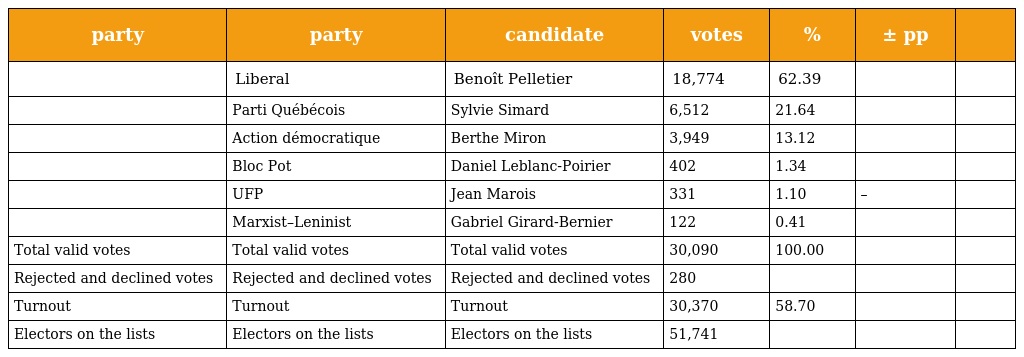
| party | party | candidate | votes | % | ± pp |  |
 | --- | --- | --- | --- | --- | --- | --- |
 |  | Liberal | Benoît Pelletier | 18,774 | 62.39 |  |  |
 |  | Parti Québécois | Sylvie Simard | 6,512 | 21.64 |  |  |
 |  | Action démocratique | Berthe Miron | 3,949 | 13.12 |  |  |
 |  | Bloc Pot | Daniel Leblanc-Poirier | 402 | 1.34 |  |  |
 |  | UFP | Jean Marois | 331 | 1.10 | – |  |
 |  | Marxist–Leninist | Gabriel Girard-Bernier | 122 | 0.41 |  |  |
 | Total valid votes | Total valid votes | Total valid votes | 30,090 | 100.00 |  |  |
 | Rejected and declined votes | Rejected and declined votes | Rejected and declined votes | 280 |  |  |  |
 | Turnout | Turnout | Turnout | 30,370 | 58.70 |  |  |
 | Electors on the lists | Electors on the lists | Electors on the lists | 51,741 |  |  |  |